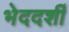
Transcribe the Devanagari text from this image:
भेददर्शी